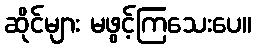
ဆိုင်များ မဖွင့်ကြသေးပေ။